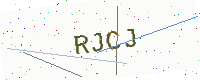
Text: RJCJ